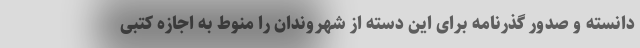
دانسته و صدور گذرنامه برای این دسته از شهروندان را منوط به اجازه کتبی